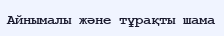
Айнымалы және тұрақты шама